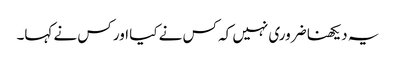
یہ دیکھنا ضروری نہیں کہ کس نے کیا اور کس نے کہا۔